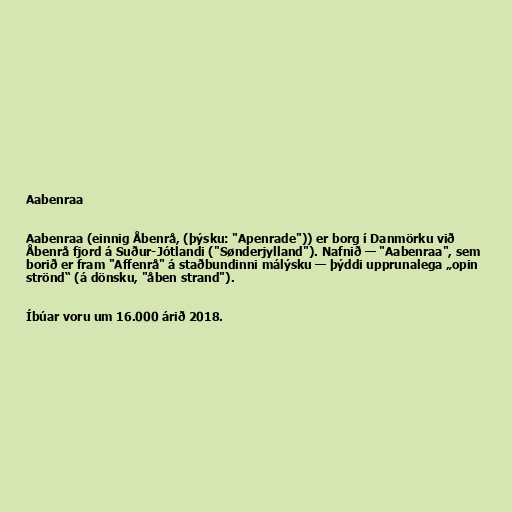
Aabenraa

Aabenraa (einnig Åbenrå, (þýsku: "Apenrade")) er borg í Danmörku við
Åbenrå fjord á Suður-Jótlandi ("Sønderjylland"). Nafnið — "Aabenraa", sem
borið er fram "Affenrå" á staðbundinni málýsku — þýddi upprunalega „opin
strönd“ (á dönsku, "åben strand").

Íbúar voru um 16.000 árið 2018.